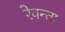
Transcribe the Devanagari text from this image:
रेवन्ता